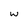
Character: W